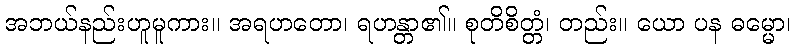
အဘယ်နည်းဟူမူကား။ အရဟတော၊ ရဟန္တာ၏။ စုတိစိတ္တံ၊ တည်း။ ယော ပန ဓမ္မော၊